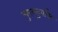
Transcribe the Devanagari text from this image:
मुखदुर्वास